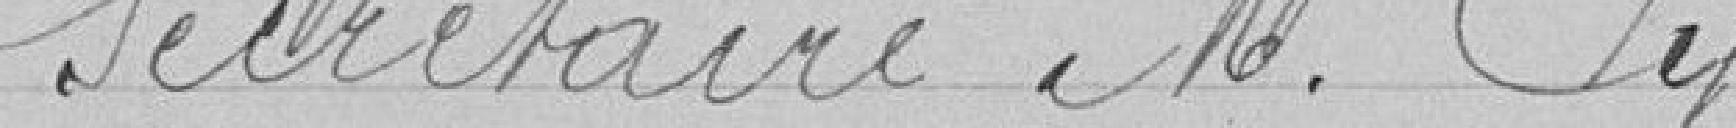
Secrétaire Monsieur Py